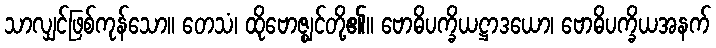
သာလျှင်ဖြစ်ကုန်သော။ တေသံ၊ ထိုဗောဇ္ဈင်တို့၏။ ဗောဓိပက္ခိယဋ္ဌာဒယော၊ ဗောဓိပက္ခိယအနက်